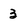
Character: 3